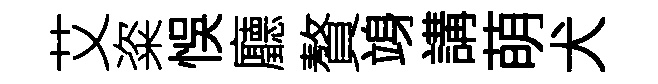
艾粢悞廳贅竧講萌犬